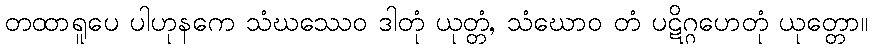
တထာရူပေ ပါဟုနကေ သံဃဿေဝ ဒါတုံ ယုတ္တံ, သံဃောဝ တံ ပဋိဂ္ဂဟေတုံ ယုတ္တော။